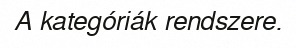
A kategóriák rendszere.